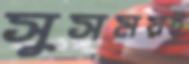
সুসময়ই